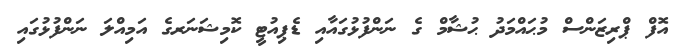
އޮފް ޕްރިޒަންސް މުޙައްމަދު ޙުޝާމް ގެ ނަންފުޅުގައާއި ޑެޕިއުޓީ ކޮމިޝަނަރގެ އަމިއްލަ ނަންފުޅުގައި